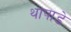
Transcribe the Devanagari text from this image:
थापाडे